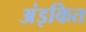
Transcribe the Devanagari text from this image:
अंइकित